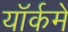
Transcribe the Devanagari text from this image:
यॉर्कमें